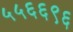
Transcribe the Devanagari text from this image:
५५६६९६